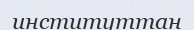
институттан